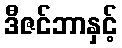
ဒီဇင်ဘာနှင့်